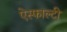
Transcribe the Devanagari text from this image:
ऐस्फाल्टी